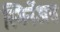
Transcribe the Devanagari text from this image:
स्मिर्नेअस